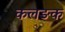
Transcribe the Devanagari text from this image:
कलङक